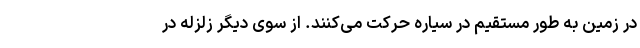
در زمین به طور مستقیم در سیاره حرکت می‌کنند. از سوی دیگر زلزله در